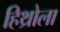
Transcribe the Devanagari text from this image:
हिथ्रोला